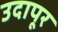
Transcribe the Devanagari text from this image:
उदापूर